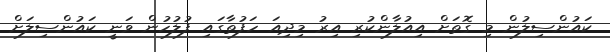
ކައުންސިލުން މި ގޮތަށް އިއުލާންކުރި އިރު މިދިއަ ހަފުތާގައި ފުލުހުން ވަނީ ކައުންސިލަށް